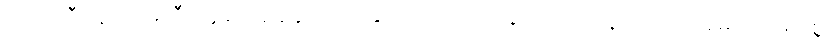
တယ်လီနောကုမ္ပဏီ ငွေပေးချေမှုပြုလုပ်နိုင်သည့် လက်ဆုတ်အာနေအောင် အဓိပ္ပါယ်များစွာ